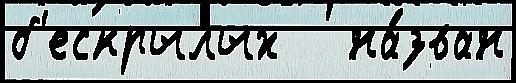
б'ескрылых   на́зван